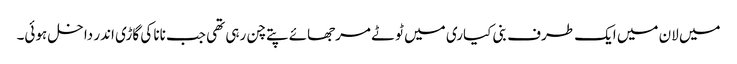
میں لان میں ایک طرف بنی کیاری میں ٹوٹے مرجھائے پتے چن رہی تھی جب نانا کی گاڑی اندر داخل ہوئی۔